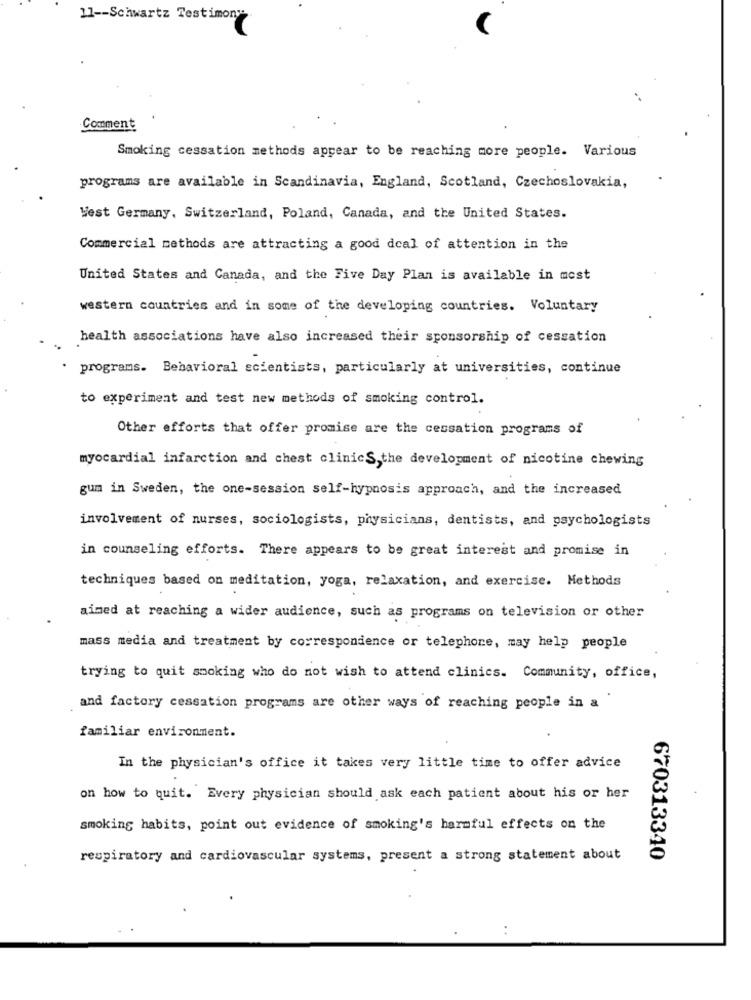
11 -- Schwartz Testimony
Comment
Smoking cessation methods appear to be reaching more people. Various
programs are available in Scandinavia, England, Scotland, Czechoslovakia,
West Germany, Switzerland, Poland, Canada, and the United States.
Commercial methods are attracting a good deal of attention in the
United States and Canada, and the Five Day Plan is available in most
western countries and in some of the developing countries. Voluntary
health associations have also increased their sponsorship of cessation
programs. Behavioral scientists, particularly at universities, continue
to experiment and test new methods of smoking control.
Other efforts that offer promise are the cessation programs of
myocardial infarction and chest clinics,the development of nicotine chewing
gum in Sweden, the one-session self-hypnosis approach, and the increased
involvement of nurses, sociologists, physicians, dentists, and psychologists
in counseling efforts. There appears to be great interest and promise in
techniques based on meditation, yoga, relaxation, and exercise. Methods
aimed at reaching a wider audience, such as programs on television or other
mass media and treatment by correspondence or telephone, may help people
trying to quit smoking who do not wish to attend clinics. Community, office,
and factory cessation programs are other ways of reaching people in a
familiar environment.
In the physician's office it takes very little time to offer advice
on how to quit. Every physician should ask each patient about his or her
smoking habits, point out evidence of smoking's harmful effects on the
respiratory and cardiovascular systems, present a strong statement about
670313340
..